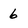
Character: 6